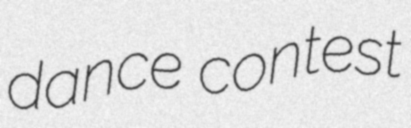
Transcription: dance contest